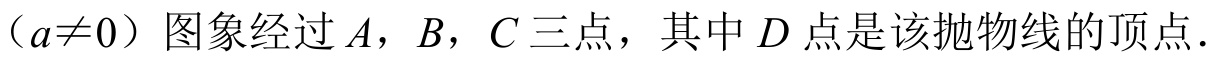
（\(a\neq0\)）图象经过\(A\)，\(B\)，\(C\)三点，其中\(D\)点是该抛物线的顶点．